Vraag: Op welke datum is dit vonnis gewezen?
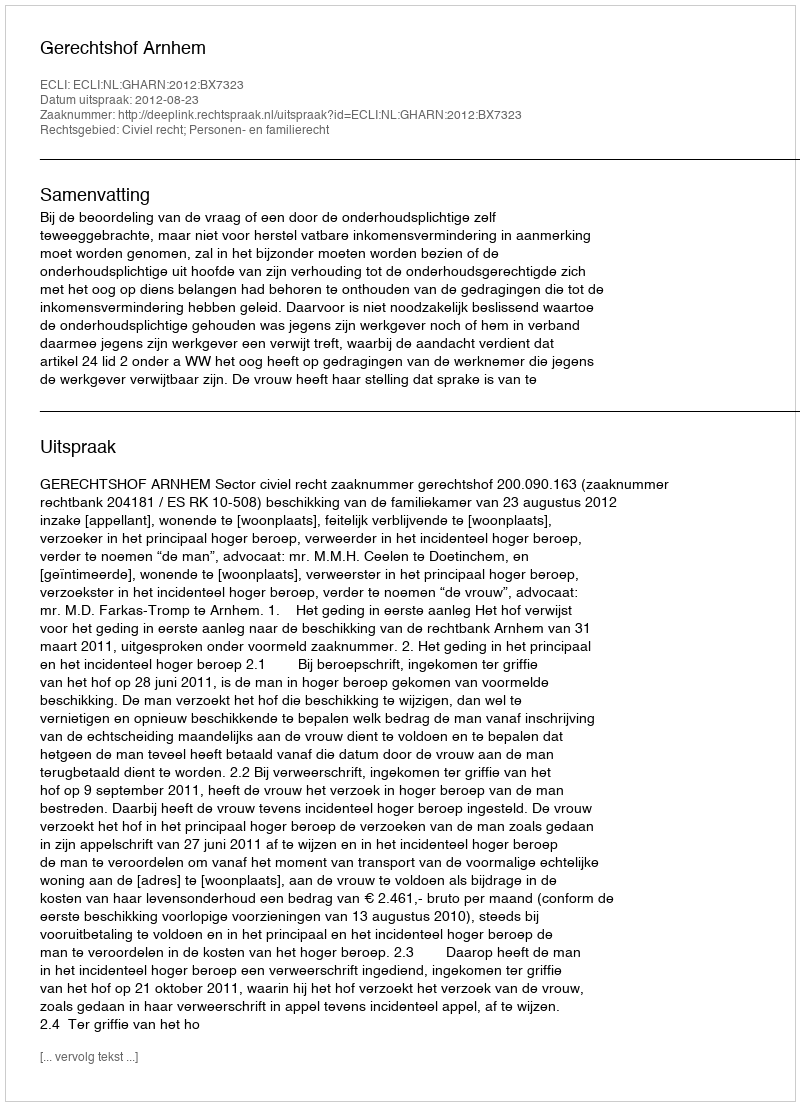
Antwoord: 2012-08-23